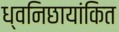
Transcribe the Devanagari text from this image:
ध्वनिछायांकित